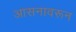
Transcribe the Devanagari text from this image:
आसनावरून